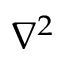
\nabla ^ { 2 }